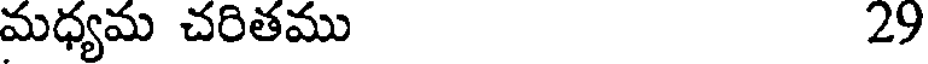
మధ్యమ చరితము 29